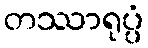
တဿာရုပ္ပံ